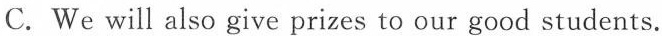
C. We will also give prizes to our good students.